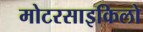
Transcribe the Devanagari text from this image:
मोटरसाइकिलो